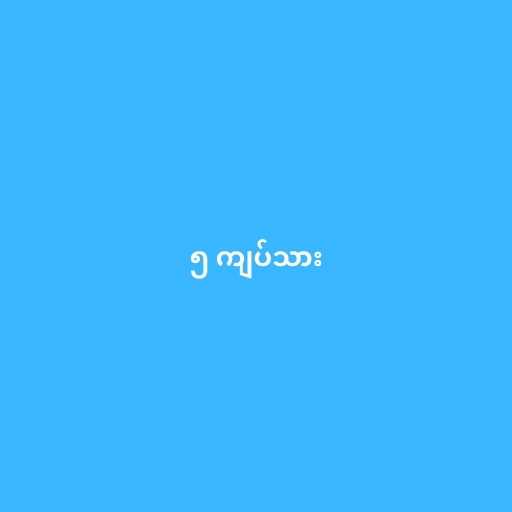
၅ ကျပ်သား